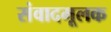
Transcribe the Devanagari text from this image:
संवादमूलक